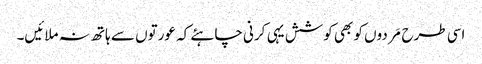
اسی طرح مَردوں کو بھی کوشش یہی کرنی چاہئے کہ عورتوں سے ہاتھ نہ ملائیں۔